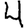
Digit: 4